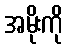
အမိုးကို